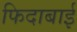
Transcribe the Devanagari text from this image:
फिदाबाई